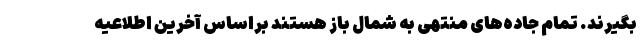
بگیرند. تمام جاده‌های منتهی به شمال باز هستند براساس آخرین اطلاعیه